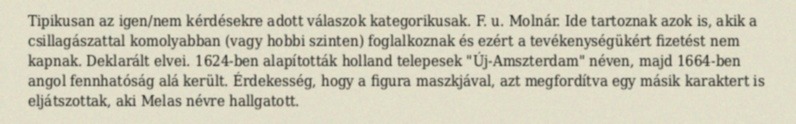
Tipikusan az igen/nem kérdésekre adott válaszok kategorikusak. F. u. Molnár. Ide tartoznak azok is, akik a csillagászattal komolyabban (vagy hobbi szinten) foglalkoznak és ezért a tevékenységükért fizetést nem kapnak. Deklarált elvei. 1624-ben alapították holland telepesek "Új-Amszterdam" néven, majd 1664-ben angol fennhatóság alá került. Érdekesség, hogy a figura maszkjával, azt megfordítva egy másik karaktert is eljátszottak, aki Melas névre hallgatott.